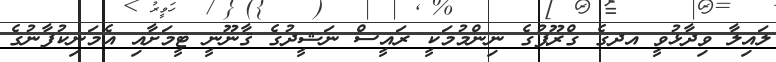
ލައިލާ ވިދާޅުވީ އދގެ ގްރޫޕުގެ ނިންމުމަކީ ރައީސް ނަޝީދުގެ ޤާނޫނީ ޓީމަށާއި އެމަނިކުފާނުގެ